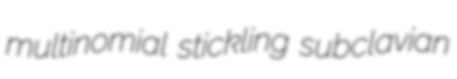
multinomial stickling subclavian